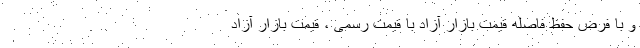
و با فرض حفظ فاصله قیمت بازار آزاد با قیمت رسمی ، قیمت بازار آزاد